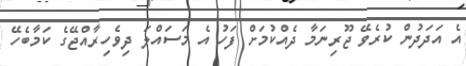
އެ އަދަދުން ކުރެވޭ ޖޫރިނަމާ ދެއްކުމަށް ފަހު އެ މަސައްލަ ދިވެހިރާއްޖޭގެ ކަމާބެހޭ